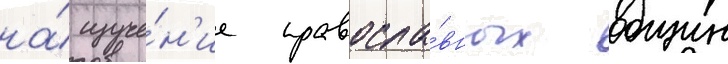
на́ изуче́н'ие правосла́вных общин